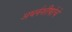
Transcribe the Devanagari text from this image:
अथर्वशीर्षाचे